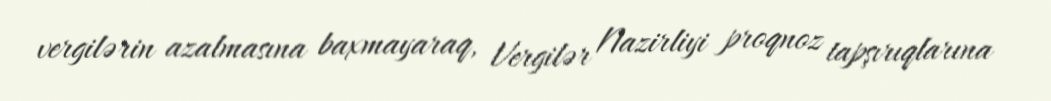
vergilərin azalmasına baxmayaraq, Vergilər Nazirliyi proqnoz tapşırıqlarına